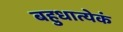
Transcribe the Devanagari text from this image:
बहुधात्येकं